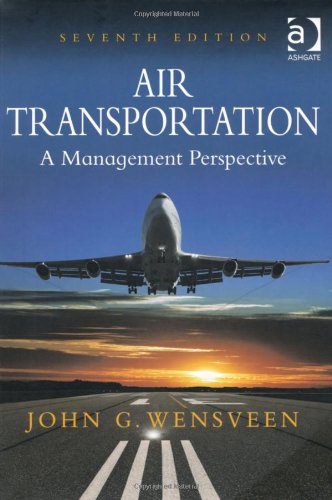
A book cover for Air Transportation: A Management Perspective; John G. Wensveen; Engineering & Transportation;